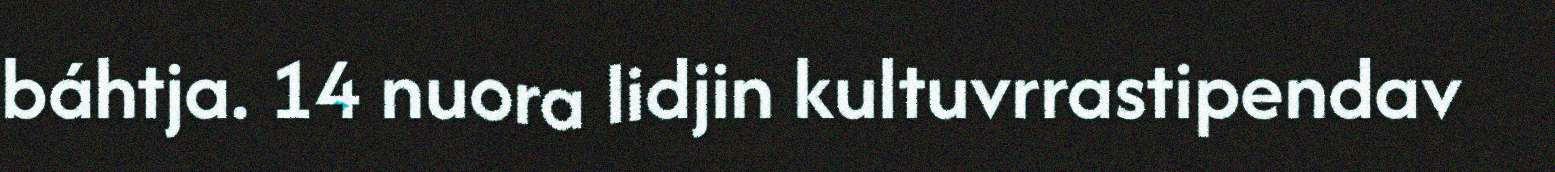
báhtja. 14 nuora lidjin kultuvrrastipendav